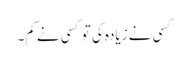
کسی نے زیادہ کی تو کسی نے کم۔